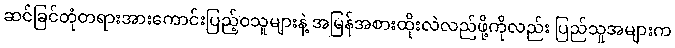
ဆင်ခြင်တုံတရားအားကောင်းပြည့်ဝသူများနဲ့ အမြန်အစားထိုးလဲလည်ဖို့ကိုလည်း ပြည်သူအများက